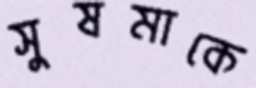
সুষমাকে